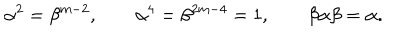
\alpha ^ { 2 } = \beta ^ { m - 2 } , \qquad \alpha ^ { 4 } = \beta ^ { 2 m - 4 } = 1 , \qquad \beta \alpha \beta = \alpha .